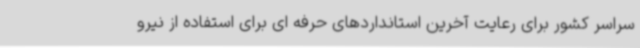
سراسر کشور برای رعایت آخرین استانداردهای حرفه ای برای استفاده از نیرو